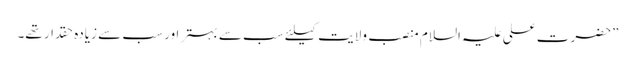
”حضرت علی علیہ السلام منصب ِ ولایت کیلئے سب سے بہتر اور سب سے زیادہ حقدار تھے۔